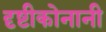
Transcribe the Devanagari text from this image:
दृष्टीकोनानी